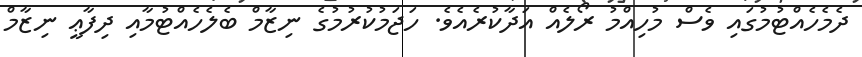
ދެމެހެއްޓުމުގައި ވެސް މުހިއްމު ރޯލެއް އަދާކުރެއެވެ. ހަޖަމުކުރުމުގެ ނިޒާމް ބެލެހެއްޓުމާއި ދިފާޢީ ނިޒާމް